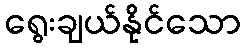
ရွေးချယ်နိုင်သော